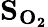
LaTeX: \mathbf{S_{O_{2}}}